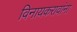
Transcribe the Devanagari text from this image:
विनायकरावांना